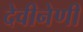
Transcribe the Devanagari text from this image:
देवीनेणी